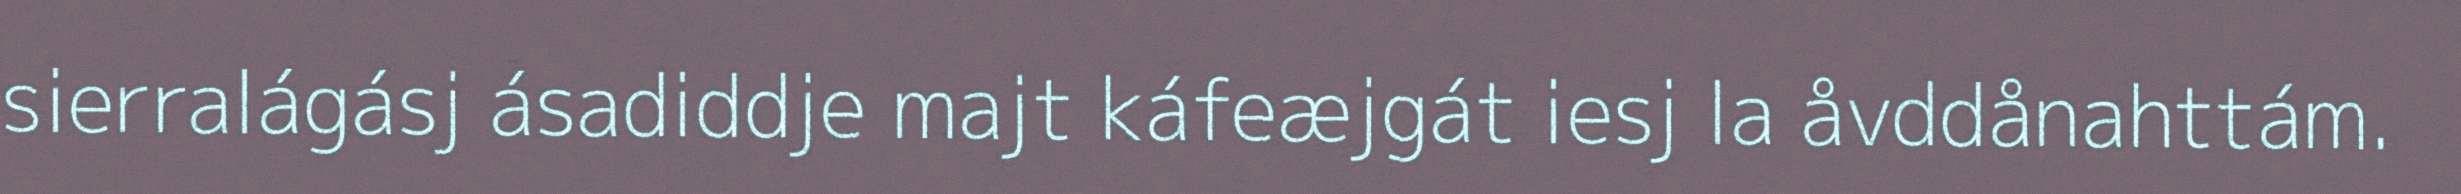
sierralágásj ásadiddje majt káfeæjgát iesj la åvddånahttám.